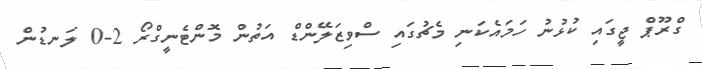
ގްރޫޕް ޖީގައި ކުޅުނު ހަމައެކަނި މެޗުގައި ސްވިޒަލޭންޑް އަތުން މޮންޓެނީގްރޯ 2-0 ލަނޑުން